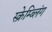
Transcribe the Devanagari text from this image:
स्क्रेम्ब्लिंग